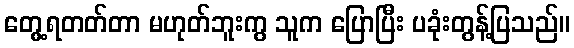
တွေ့ရတတ်တာ မဟုတ်ဘူးကွ သူက ပြောပြီး ပခုံးတွန့်ပြသည်။